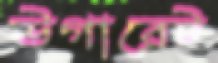
উগারেট